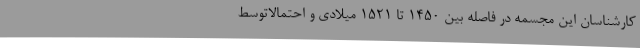
کارشناسان این مجسمه در فاصله بین 1450 تا 1521 میلادی و احتمالاتوسط